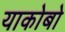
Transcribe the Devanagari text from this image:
याकोबो